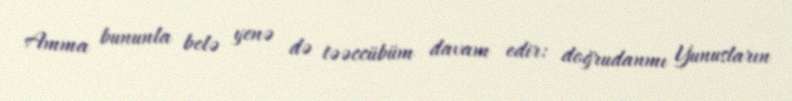
Amma bununla belə yenə də təəccübüm davam edir: doğrudanmı Yunusların